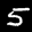
Label: 5